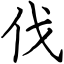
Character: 伐